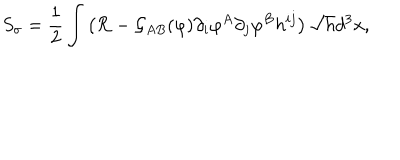
S _ { \sigma } = \frac { 1 } { 2 } \int \left( { \cal R } - { \cal G } _ { A B } ( \varphi ) \partial _ { i } \varphi ^ { A } \partial _ { j } \varphi ^ { B } h ^ { i j } \right) \sqrt { h } d ^ { 3 } x ,